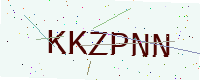
Text: KKZPNN